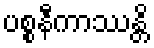
ပစ္စနီကာဿန္တိ